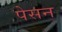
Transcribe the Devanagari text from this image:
पेसन